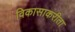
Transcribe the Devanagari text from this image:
विकासाकरीता